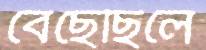
বেছেছিলে